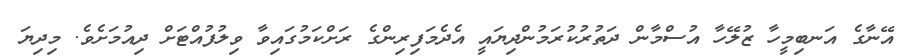
އޭނާގެ އަނބިމީހާ ޒުލޭހާ އުސްމާން ދަތުރުކުރަމުންދިޔައީ އެދެމަފިރިންގެ ރަށްކަމުގައިވާ ވިލުފުއްޓަށް ދިއުމަށެވެ. މިދިޔަ